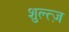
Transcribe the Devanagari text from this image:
शुल्त्ज़